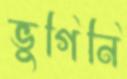
ভুগিনি